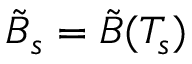
\tilde { B } _ { s } = \tilde { B } ( T _ { s } )